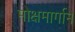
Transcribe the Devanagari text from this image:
मोक्षमार्गाने